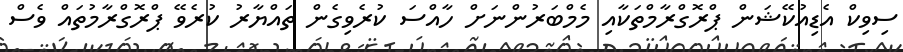
ސިވިކް އެޑިއުކޭޝަން ޕްރޮގްރާމްތަކާއި މެމްބަރުންނަށް ހާއްސަ ކުރެވިގެން ތައްޔާރު ކުރެވޭ ޕްރޮގްރާމުތައް ވެސް